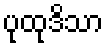
ပုထုဒိသာ